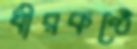
ধীরকণ্ঠে